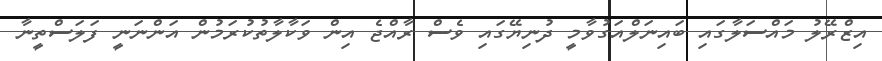
އިޒްރޭލު މައްސަލާގައި ބައިނަލްއަގުވާމީ ދުނިޔޭގައި ވެސް ރާއްޖެ އިން ވަކާލާތުކުރަމުން އަންނަނީ ފަލަސްތީނާ